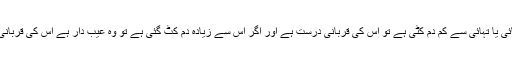
(3) اگر تہائی یا تہائی سے کم دم کٹی ہے تو اس کی قربانی درست ہے اور اگر اس سے زیادہ دم کٹ گئی ہے تو وہ عیب دار ہے اس کی قربانی جائز نہیں۔